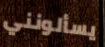
يسألونني